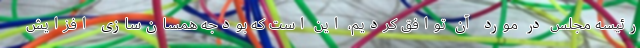
رئیسه مجلس در مورد آن توافق کردیم، این است که بودجه همسان‌سازی افزایش